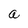
Character: a